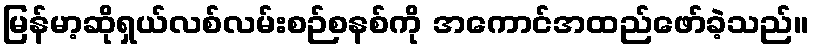
မြန်မာ့ဆိုရှယ်လစ်လမ်းစဉ်စနစ်ကို အကောင်အထည်ဖော်ခဲ့သည်။